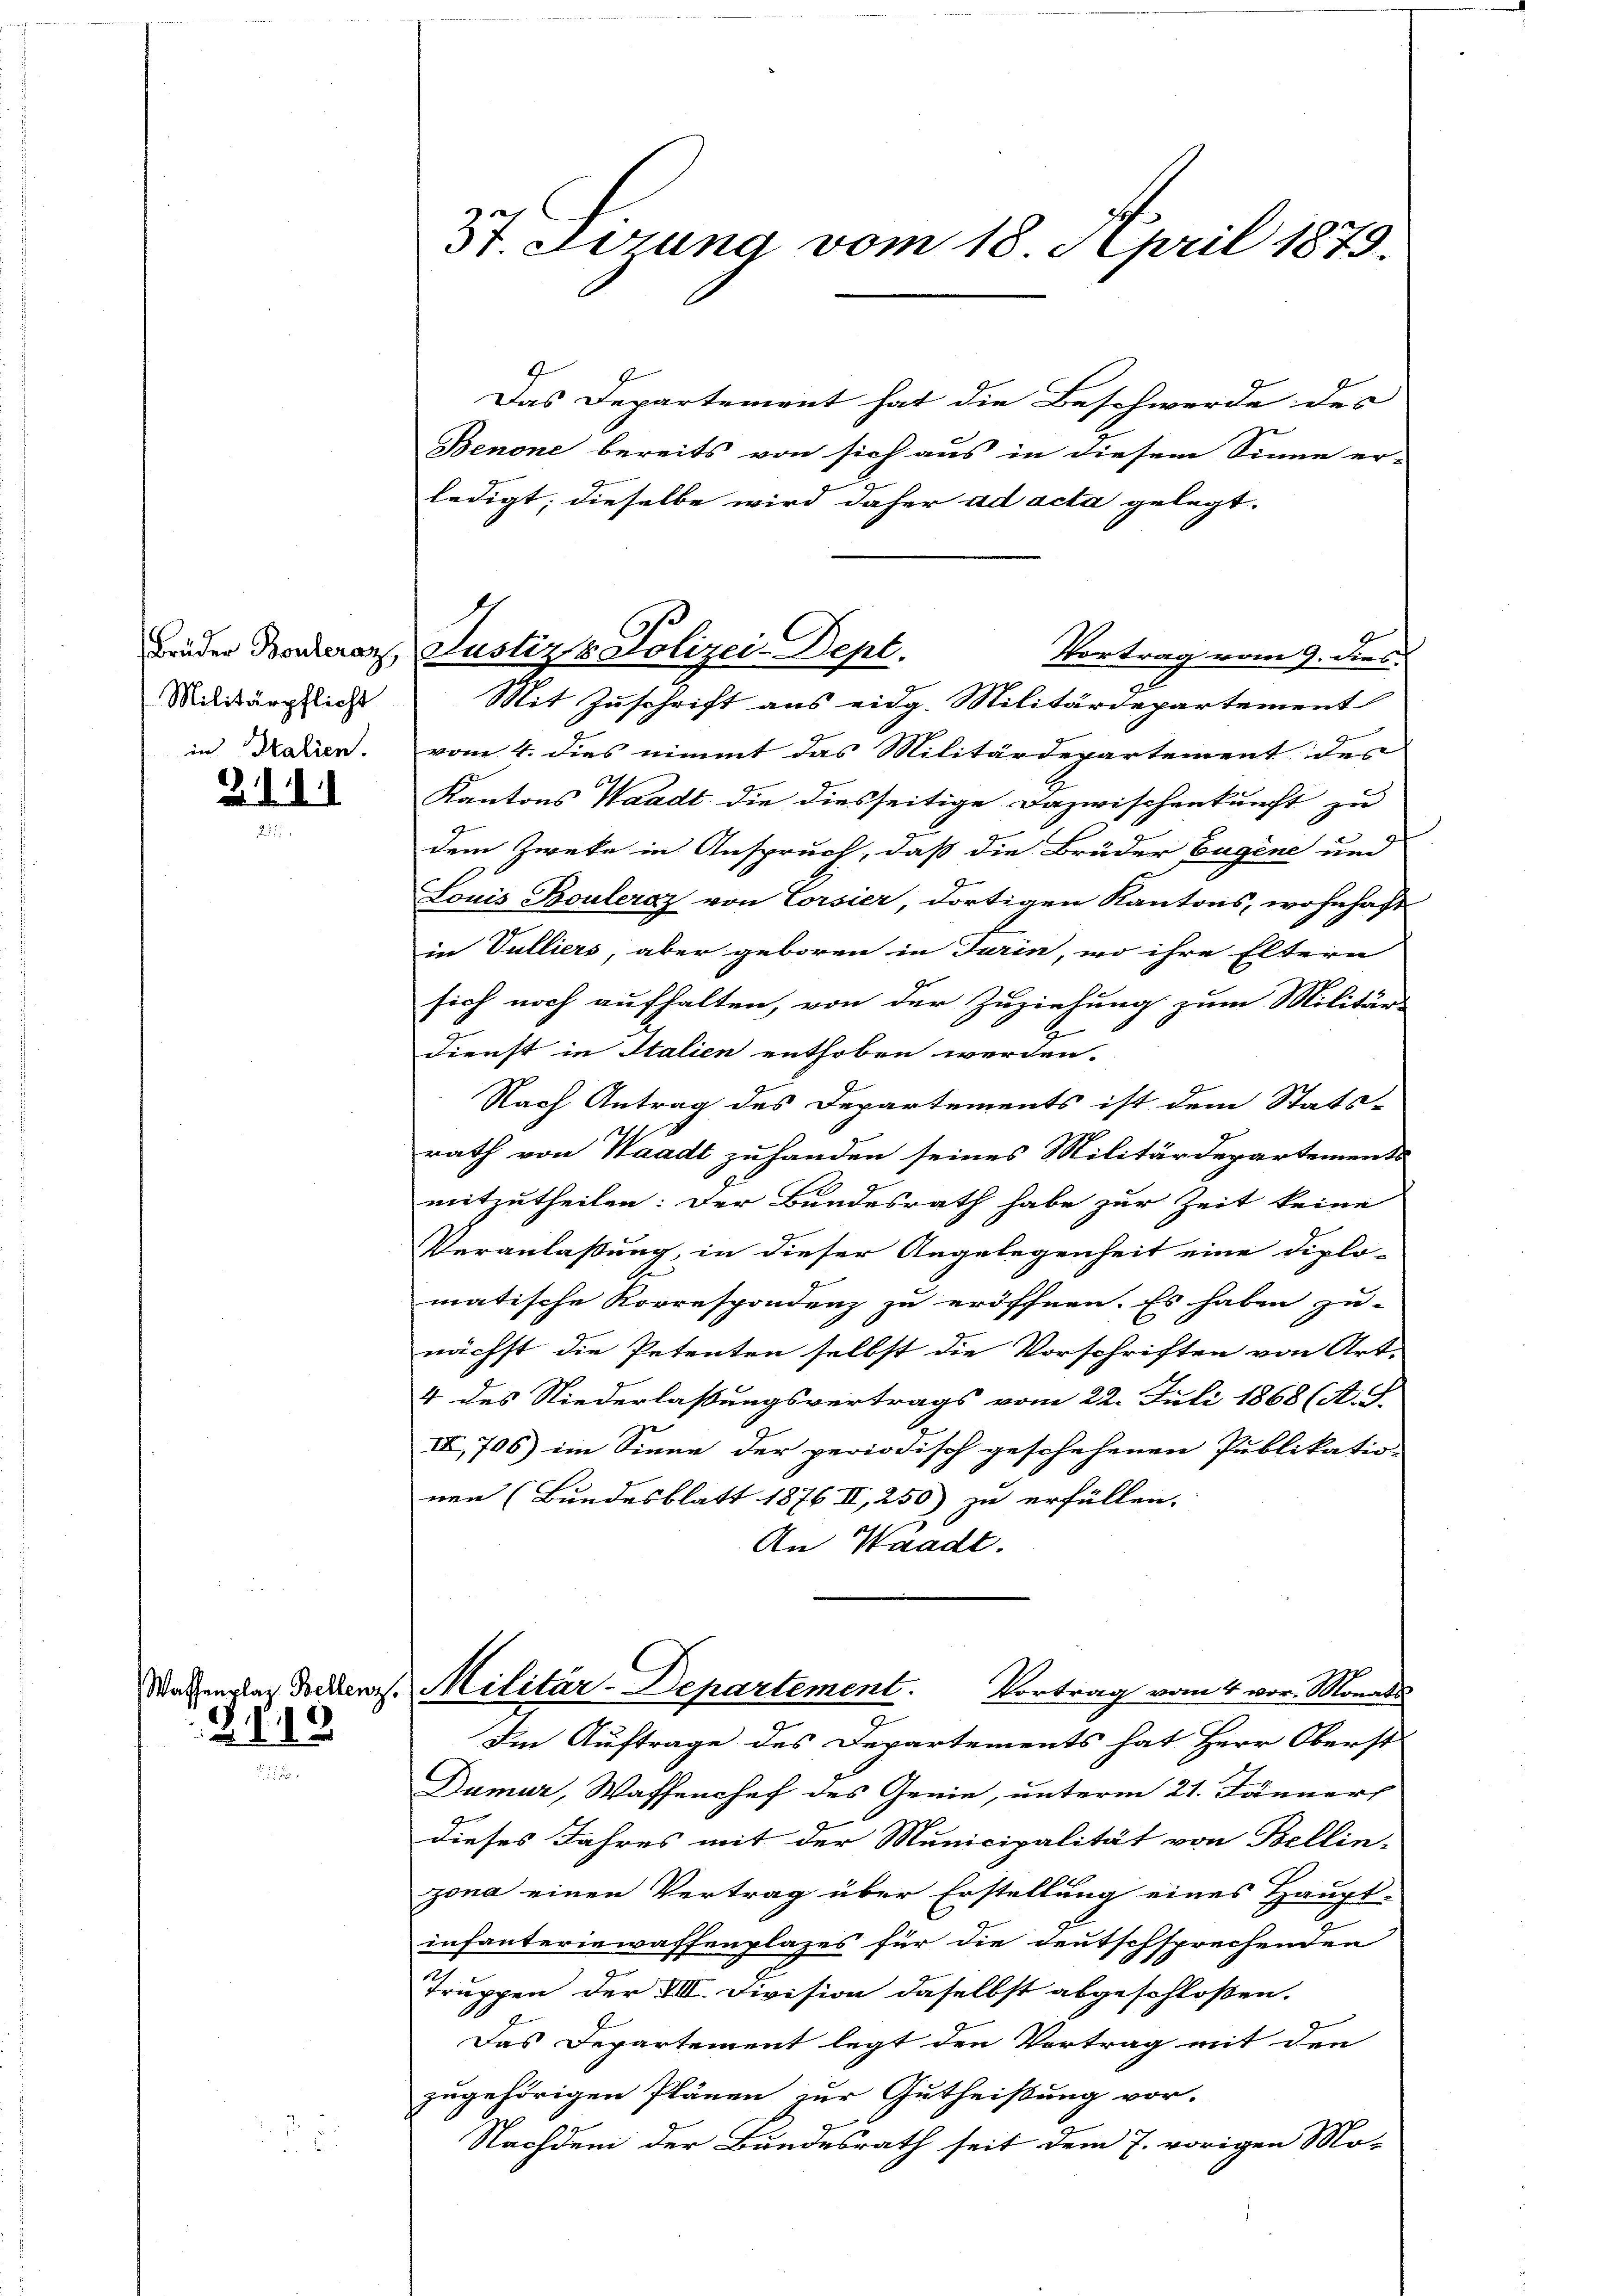
Militärpflicht
in Italien.

2. d. d. d.

2149

37 derung vom 18. April 1879.

Das Departement hat die Beschwerde des
Benone bereits von sich aus in diesem Sinne er-
ledigt; dieselbe wird daher ad acta gelegt.
Vortrag vom 9. dies
Mit Zuschrift aus eidg. Militärdepartement
vom 4. dies nimmt das Militärdepartement der
Kantons Waadt die diesseitige Dazwischenkunft zu
dem Zweke in Anspruch, daß die Brüder Eugene und
Louis Bouleraz von Corsier, dortigen Kantons, wohnhaft
in Vulliers, aber geboren in Turin, wo ihre Eltern
sich noch aufhalten, von der Zuziehung zum Militärs
.
Dienst in Italien enthoben werden.
Nach Antrag des Departements ist dem Stats-
2
rath von Waadt zu handen seines Militärdepartements
mitzutheilen: Der Bundesrath habe zur Zeit keine
Veranlaßung, in dieser Angelegenheit eine Diplo-
matische Korrespondenz zu eröffnen. Es haben zu-
nächst die Petenten selbst die Vorschriften von Art.
4 des Niederlassungsvertrags vom 22. Juli 1868 (A. S.
IV, 706) im Sinne der periodisch geschehenen Publikation
nen (Bundesblatt 1876 II, 250) zu erfüllen.
An Waadt.
datenza decken. Militär-Departement. Vortrag vom 4 vor. Monats
Im Auftrage des Departements hat Herr Oberst
Dumar, Waffenchef des Genie, unterm 21. Jänner
dieses Jahres mit der Municipalität von Bellin-
zona einen Vertrag über Erstellung eines Haupt-
infanteriewassenplazes für die Deutschsprechenden
Truppen der XII. Division daselbst abgeschloßen.
Das Departement legt den Vortrag mit den
zugehörigen Plänen zur Gutheißung vor-
Nachdem der Bundesrath seit dem J. vorigen Mo-

1
Brüder Bonderarz, Justiz & Polizei-Dept.